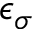
\epsilon _ { \sigma }